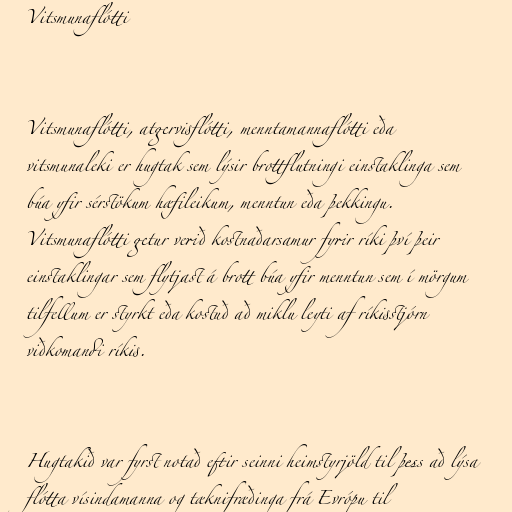
Vitsmunaflótti

Vitsmunaflótti, atgervisflótti, menntamannaflótti eða
vitsmunaleki er hugtak sem lýsir brottflutningi einstaklinga sem
búa yfir sérstökum hæfileikum, menntun eða þekkingu.
Vitsmunaflótti getur verið kostnaðarsamur fyrir ríki því þeir
einstaklingar sem flytjast á brott búa yfir menntun sem í mörgum
tilfellum er styrkt eða kostuð að miklu leyti af ríkisstjórn
viðkomandi ríkis.

Hugtakið var fyrst notað eftir seinni heimstyrjöld til þess að lýsa
flótta vísindamanna og tæknifræðinga frá Evrópu til